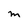
Character: M